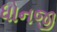
ધોનજી